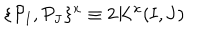
LaTeX: \{ { \cal P } _ { \mathbf { I } } , { \cal P } _ { \mathbf { J } } \} ^ { x } \equiv 2 K ^ { x } ( \mathbf { I } , \mathbf { J } )